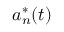
a _ { n } ^ { * } ( t )